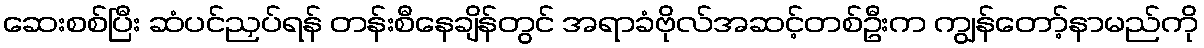
ဆေးစစ်ပြီး ဆံပင်ညှပ်ရန် တန်းစီနေချိန်တွင် အရာခံဗိုလ်အဆင့်တစ်ဦးက ကျွန်တော့်နာမည်ကို